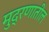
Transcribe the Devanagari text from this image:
मुद्रणातील